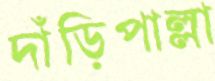
দাঁড়িপাল্লা